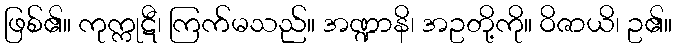
ဖြစ်၏။ ကုက္ကုဋီ၊ ကြက်မသည်။ အဏ္ဍာနိ၊ အဥတို့ကို။ ဝိဇာယိ၊ ဥ၏။